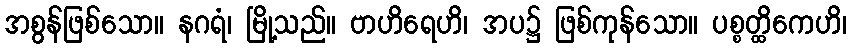
အစွန်ဖြစ်သော။ နဂရံ၊ မြို့သည်။ ဗာဟိရေဟိ၊ အပ၌ ဖြစ်ကုန်သော။ ပစ္စတ္ထိကေဟိ၊